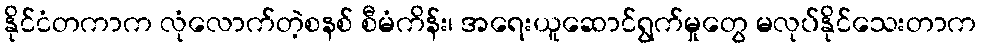
နိုင်ငံတကာက လုံလောက်တဲ့စနစ် စီမံကိန်း၊ အရေးယူဆောင်ရွက်မှုတွေ မလုပ်နိုင်သေးတာက